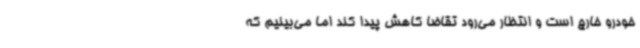
خودرو خارج است و انتظار می‌رود تقاضا کاهش پیدا کند اما می‌بینیم که